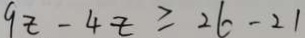
9 z - 4 z \geq 2 6 - 2 1